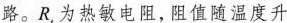
路。R_{t}，为热敏电阻，阻值随温度升